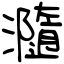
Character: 瀡